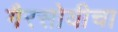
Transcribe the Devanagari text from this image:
गैरसोयीचा